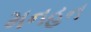
મનહન